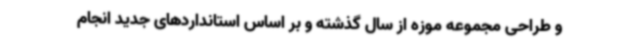
و طراحی مجموعه موزه از سال گذشته و بر اساس استانداردهای جدید انجام